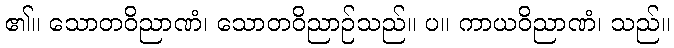
၏။ သောတဝိညာဏံ၊ သောတဝိညာဉ်သည်။ ပ။ ကာယဝိညာဏံ၊ သည်။